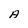
Character: A